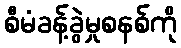
စီမံခန့်ခွဲမှုစနစ်ကို